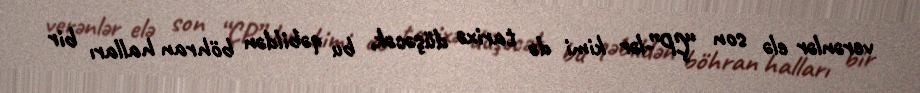
verənlər elə son “ÇP”-lər kimi də tarixə düşəcək, bu qəbildən böhran halları bir